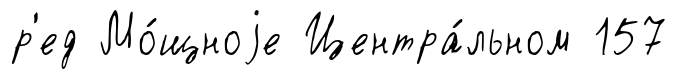
р'ед Мо́щноjе Центра́льном 157